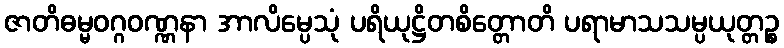
ဇာတိဓမ္မဝဂ္ဂဝဏ္ဏနာ အာလိမ္ပေသုံ ပရိယုဋ္ဌိတစိတ္တောတိ ပရာမာသသမ္ပယုတ္တဉ္စ